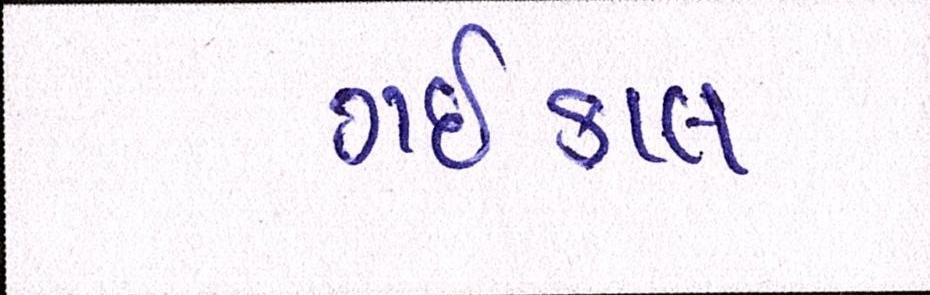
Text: ગઇકાલ